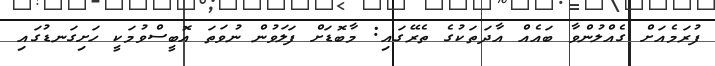
ފުރަމެއަށް ގެއްލުންވާ ބައެއް އާދަތަކުގެ ތެރޭގައި: މާބޮޑަށް ފަލަވުން ނުވަތަ އޮބީސްވުމަކީ ހަށިގަނޑުގައި